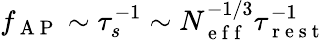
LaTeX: f_{\mathrm{~A~P~}}\sim\tau_{s}^{-1}\sim N_{\mathrm{~e~f~f~}}^{-1/3}\tau_{\mathrm{~r~e~s~t~}}^{-1}